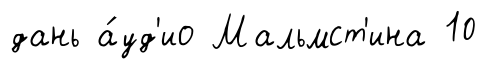
дань а́уд'ио Мальмст'ина 10